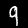
Label: 9